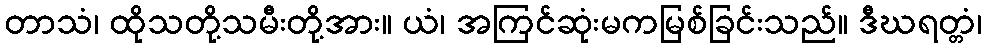
တာသံ၊ ထိုသတို့သမီးတို့အား။ ယံ၊ အကြင်ဆုံးမကမြစ်ခြင်းသည်။ ဒီဃရတ္တံ၊